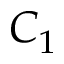
C _ { 1 }